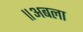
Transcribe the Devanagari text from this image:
॥अबला